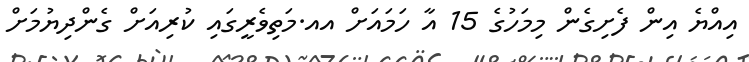
އިއްޔެ އިން ފެށިގެން މިމަހުގެ 15 އާ ހަމައަށް އއ.މަތިވެރީގައި ކުރިއަށް ގެންދިޔުމަށް